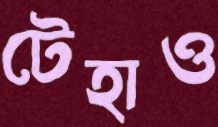
টেহাও